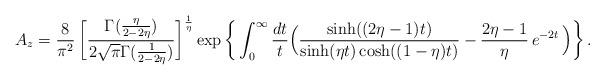
LaTeX: \begin{align*} A_z=\frac{8}{\pi^2}\, \bigg[\frac{\Gamma(\frac{\eta}{2-2\eta})} {2\sqrt{\pi} \Gamma(\frac{1}{2-2\eta})} \bigg]^{\frac{1}{\eta}} \exp\bigg\{\int_0^{\infty}\frac{dt}{t} \Big(\frac{\sinh((2 \eta-1) t)}{\sinh(\eta t)\cosh((1-\eta)t)} -\frac{2\eta-1}{\eta}\, e^{-2 t}\, \Big) \bigg\}\, .\end{align*}